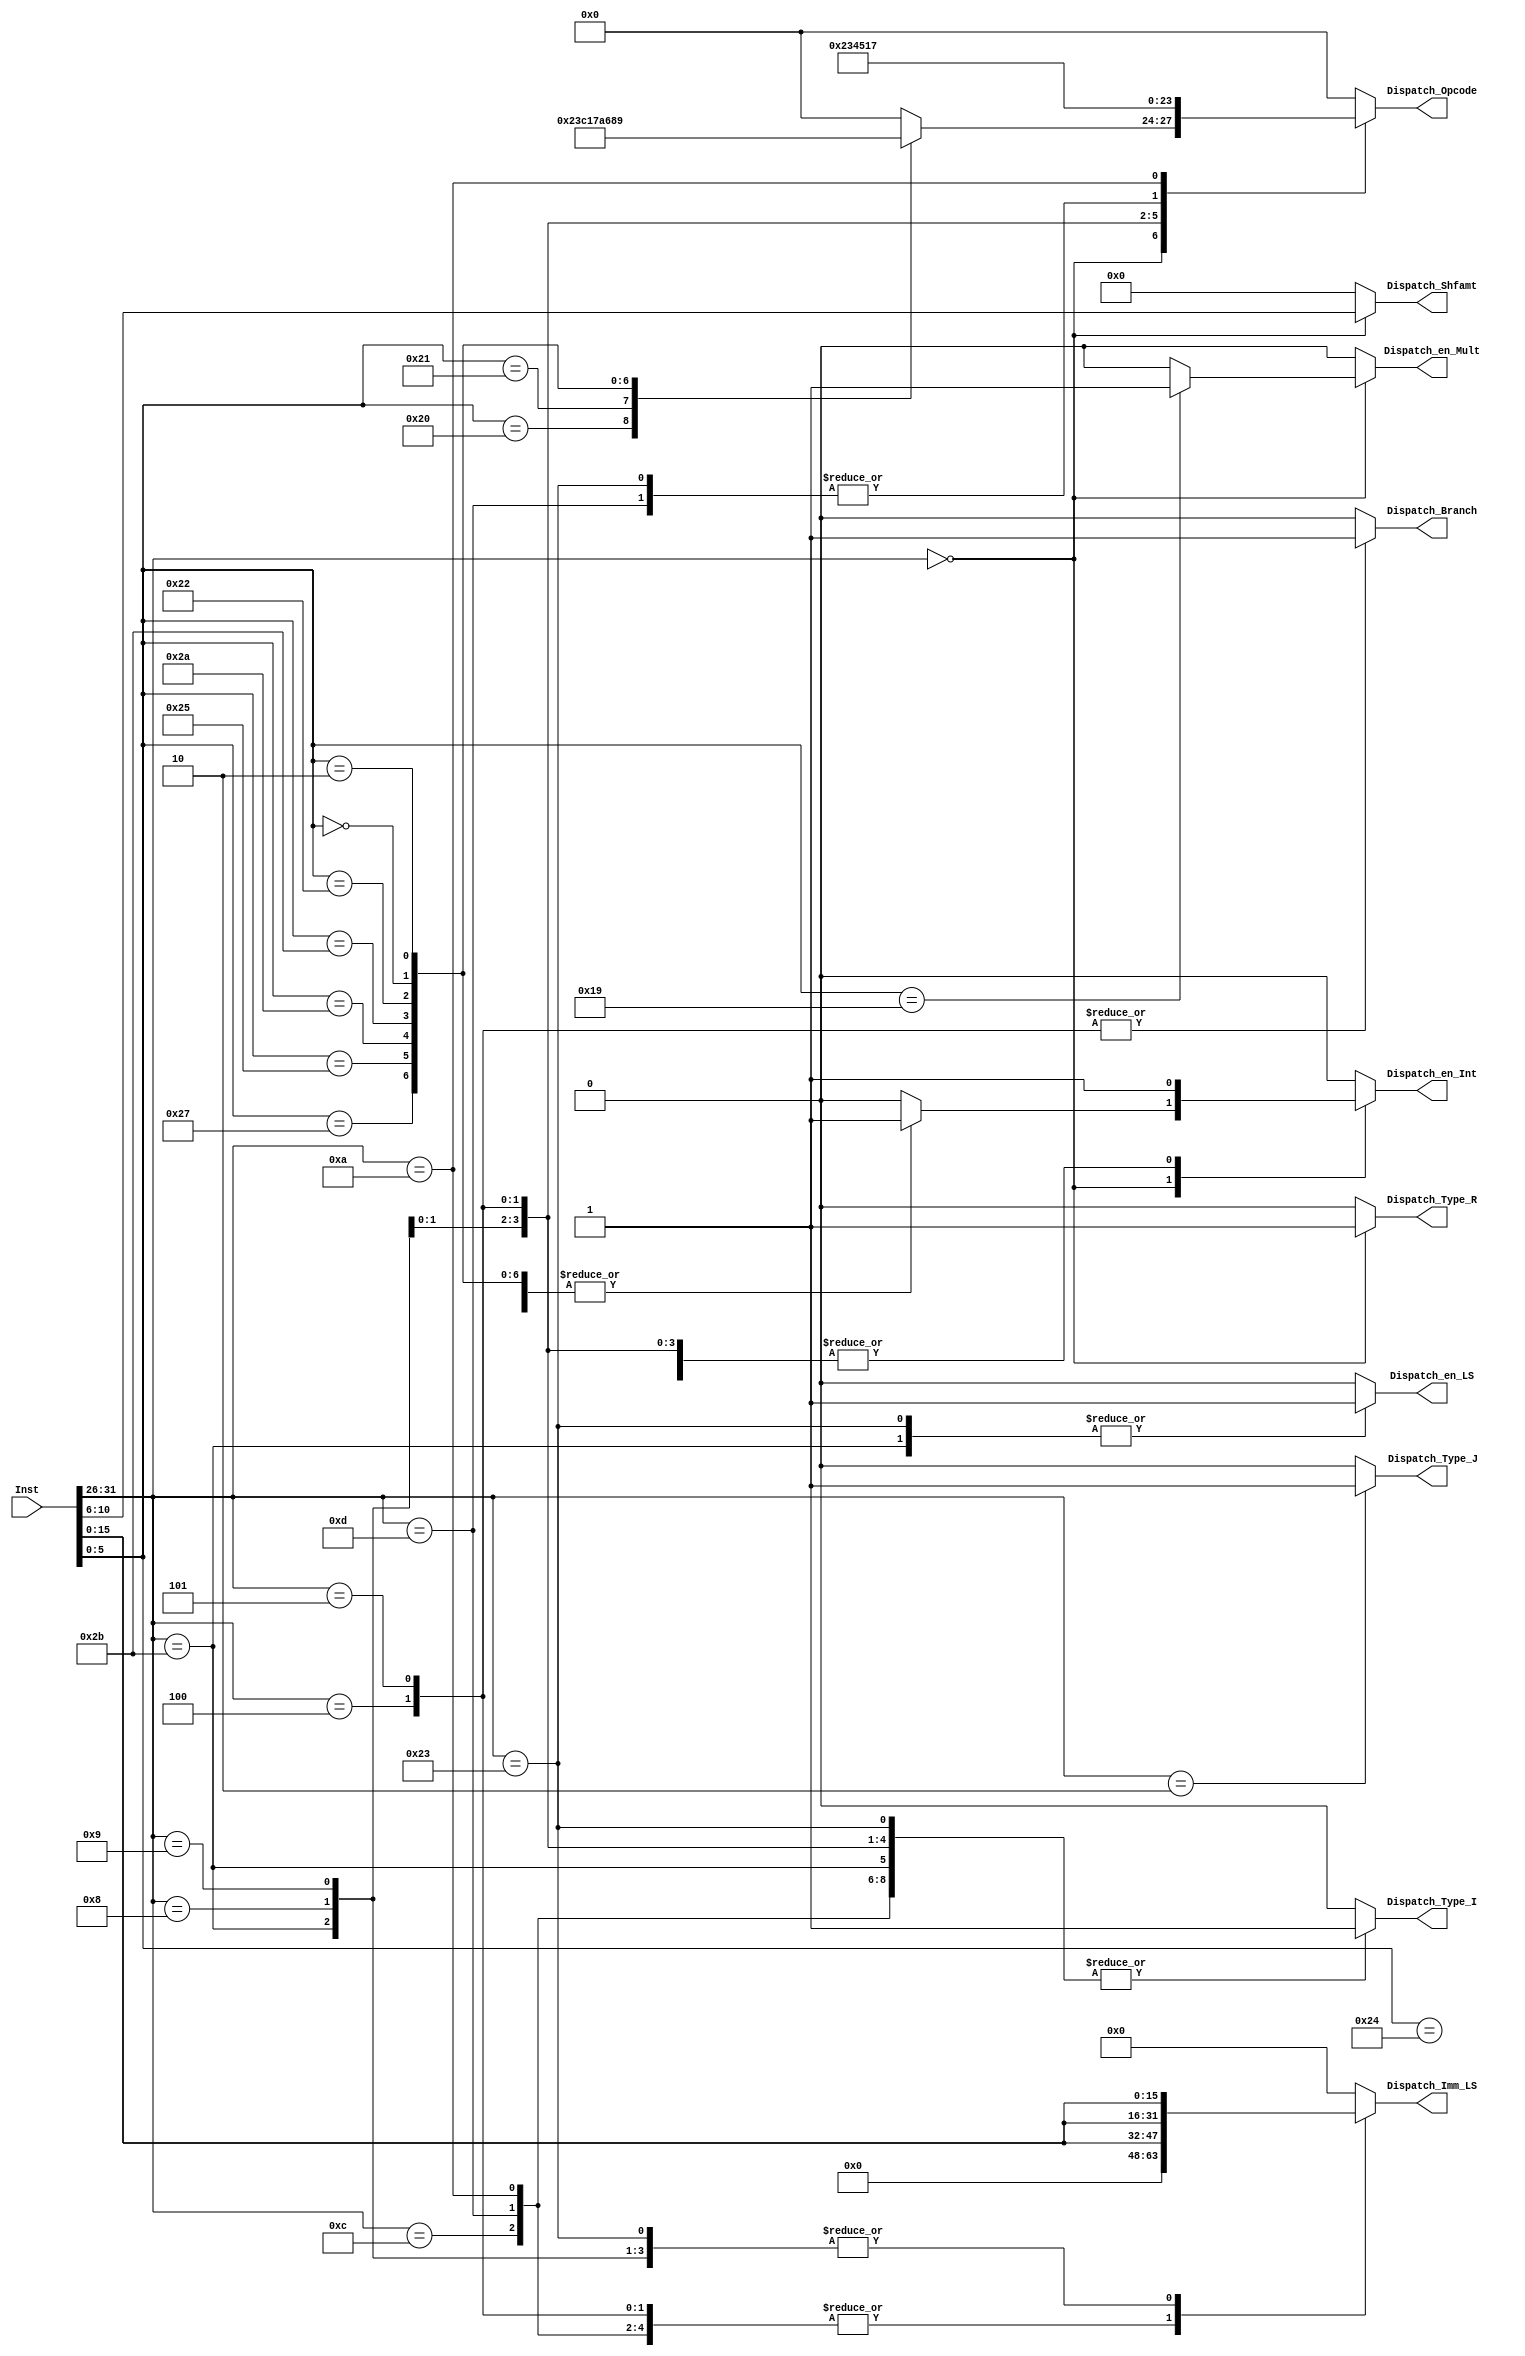
//--------------------------------------------------------------------------------------------------------------------------
// Design Name 	: Dispatch Decoder
// Function    	: Combinational
// Coder  	: 
// Other	:
//		+------+----------------------------------------------------------------------------------------+
//		| Type |	-31-                                 format (bits)                    -0-	|
//		+------+----------------------------------------------------------------------------------------+
//		| R    |	opcode (6)	rs (5)	rt (5)	rd (5)		shamt (5)	funct (6)	|
//		| I    |	opcode (6)	rs (5)	rd (5)	immediate (16)					|
//		| J    |	opcode (6)	address (26)							|
//		+------+----------------------------------------------------------------------------------------+
//		|      |	[31:26]		[25:21] [20:16] [15:11] [10:6] [5:0]
//		+------+----------------------------------------------------------------------------------------+
//
//		Set de instrucciones:
//		Add, And, Jmp, Ori, Stw, Mult, Addi, Andi, Ldw, Slt, sub, Addiu, Beq, Nor, Slti, Sll, Addu, Bnq, Or, Sltu, Srl
//
//		Mas informacion:
//		http://www.d.umn.edu/~gshute/spimsal/talref.html#rtype
//		http://www.mrc.uidaho.edu/mrc/people/jff/digital/MIPSir.html
//--------------------------------------------------------------------------------------------------------------------------

module Dispatch_Decoder (
	input  		[31:0] 	Inst,
	output reg 	[ 3:0]	Dispatch_Opcode,	//: 3?bit opcode para la ALU. : 1 ? bit opcode para distinguir entre LD y ST.
	output reg	[ 4:0]	Dispatch_Shfamt,	//:: 5-bits en caso de una instruccin del tipo shift  Necesario?
	output reg 	[31:0]	Dispatch_Imm_LS,	//: 32  bit del campo inmediato para calcular la direccin de memoria, 32 por las extensiones
	output reg 		Dispatch_en_Int,	//: unidad de despacho intenta escribir una instruccin en la cola de ejecucin de enteros.
	output reg 		Dispatch_en_LS,	//: DU intenta escribir una instruccin en la cola LD/ST.
	output reg 		Dispatch_en_Mult,
	output reg         	Dispatch_Type_R,
	output reg         	Dispatch_Type_I,
	output reg         	Dispatch_Type_J,
	output reg         	Dispatch_Branch
		);


   parameter R_TYPE  = 6'b000000;
   parameter R_ADD   = 6'h20;
   parameter R_ADDU  = 6'h21;
   parameter R_AND   = 6'h24;
   parameter R_NOR   = 6'h27;
   parameter R_OR    = 6'h25;
   parameter R_SLT   = 6'h2A;
   parameter R_SLTU  = 6'h2B;
   parameter R_SUB   = 6'h22;
   parameter R_SLL   = 6'h00;
   parameter R_SRL   = 6'h02;
   parameter R_MULT  = 6'h19;
   parameter I_ADDI  = 6'h08;
   parameter I_ADDIU = 6'h09;
   parameter I_ANDI  = 6'h0C;
   parameter I_BEQ   = 6'h04;
   parameter I_BNQ   = 6'h05;
   parameter I_LDW   = 6'h23;
   parameter I_ORI   = 6'h0D;
   parameter I_SLTI  = 6'h0A;
   parameter I_STW   = 6'h2B;
   parameter J_JUMP  = 6'h02;
   
   parameter OP_AND  = 4'b0000;  //0
   parameter OP_OR   = 4'b0001;  //1
   parameter OP_ADD  = 4'b0010;  //2
   parameter OP_ADDU = 4'b0011;  //3
   parameter OP_SUB  = 4'b0110;  //6
   parameter OP_SLT  = 4'b0111;  //7
   parameter OP_SLTU = 4'b1010;  //A
   parameter OP_NOR  = 4'b1100;  //C
   parameter OP_SLL  = 4'b1000;  //8
   parameter OP_SRL  = 4'b1001;  //9    
   parameter OP_BEQ  = 4'b0100;  //4
   parameter OP_BNQ  = 4'b0101;  //5
   parameter OP_STW  = 4'b0000;  
   parameter OP_LDW  = 4'b0001; 

   always @(*) begin
	    	       
	       // Default values
	       Dispatch_Opcode      = 4'b0000;
	       Dispatch_Shfamt      = 5'b00000;
	       Dispatch_Imm_LS      = 32'h00000000; 
	       Dispatch_en_Int    	 = 1'b0;
	       Dispatch_en_Mult	    = 1'b0;
	       Dispatch_en_LS   	   = 1'b0;
	       Dispatch_Type_R      = 1'b0;
	       Dispatch_Type_I      = 1'b0;
	       Dispatch_Type_J      = 1'b0;
	       Dispatch_Branch      = 1'b0;
	           
	       case (Inst[31:26])
	          //R-Type Instructions (Opcode 000000) 
 		        R_TYPE : begin 
			         
			         $display("INFO : R-Type Instructions (Opcode 000000)");	
			         // Default values for R_Types
			         Dispatch_Shfamt      = Inst[10:6];
			         Dispatch_Type_R      = 1'b1;
			         		         	         			      
			         case (Inst[5:0])
			            R_ADD : begin 
			               	$display("INFO : Decoding Intruction = ADD");
			               	Dispatch_Opcode      = OP_ADD;                  
	                   		Dispatch_en_Int    	 = 1'b1;
			            end
			            R_ADDU : begin 
			               	$display("INFO : Decoding Intruction = ADDU");
			               	Dispatch_Opcode      = OP_ADDU;                  
	                   		Dispatch_en_Int    	 = 1'b1;
			            end
			            R_AND : begin 
			               	$display("INFO : Decoding Intruction = AND");
			               	Dispatch_Opcode      = OP_AND;                  
	                   		Dispatch_en_Int    	 = 1'b1;
			            end
			            R_NOR : begin 
			               	$display("INFO : Decoding Intruction = NOR");
			               	Dispatch_Opcode      = OP_NOR;                  
	                   		Dispatch_en_Int    	 = 1'b1;
			            end
			            R_OR : begin 
			               	$display("INFO : Decoding Intruction = OR");
			               	Dispatch_Opcode      = OP_OR;                  
	                   		Dispatch_en_Int    	 = 1'b1;
			            end
			            R_SLT : begin 
			               	$display("INFO : Decoding Intruction = SLT");
			               	Dispatch_Opcode      = OP_SLT;                  
	                   		Dispatch_en_Int    	 = 1'b1;
			            end
			            R_SLTU : begin 
			               	$display("INFO : Decoding Intruction = SLTU");
			               	Dispatch_Opcode      = OP_SLTU;                  
	                   		Dispatch_en_Int    	 = 1'b1;
			            end
			            R_SUB : begin 
			               	$display("INFO : Decoding Intruction = SUB");
			               	Dispatch_Opcode      = OP_SUB;                  
	                   		Dispatch_en_Int    	 = 1'b1;
			            end
			            R_SLL : begin 
			               	$display("INFO : Decoding Intruction = SLL at time %0t", $time);
			               	Dispatch_Opcode      = OP_SLL;                  
	                   		Dispatch_en_Int    	 = 1'b1;
			            end
			            R_SRL : begin 
			               	$display("INFO : Decoding Intruction = SRL");
			               	Dispatch_Opcode      = OP_SRL;                  
	                   		Dispatch_en_Int    	 = 1'b1;
			            end
			            R_MULT : begin 
			               	$display("INFO : Decoding Intruction = MULT");
			               	Dispatch_Opcode      = 4'b0000;                  
	                   		Dispatch_en_Mult    	= 1'b1;
			            end	            
			            default : begin
			               	$display("ERROR : Decoding Intruction type R = %d",Inst[5:0]);
			            end
			            
			         endcase
			         
			      end // End Instruction type R
			      
			      //I-Type Instructions 
			      I_ADDI : begin 
			         $display("INFO : Decoding Intruction = ADDI");
			         Dispatch_Opcode      = OP_ADD;
			         Dispatch_Imm_LS      = {{16{Inst[15:0]}},Inst[15:0]};                  
	             Dispatch_en_Int    	 = 1'b1;
	             Dispatch_Type_I      = 1'b1;
			      end
			      I_ADDIU : begin 
			         $display("INFO : Decoding Intruction = ADDIU");
			         Dispatch_Opcode      = OP_ADDU;
			         Dispatch_Imm_LS      = {{16{Inst[15:0]}},Inst[15:0]};                  
	             Dispatch_en_Int    	 = 1'b1;
	             Dispatch_Type_I      = 1'b1;
			      end
			      I_ANDI : begin 
			         $display("INFO : Decoding Intruction = ANDI");
			         Dispatch_Opcode      = OP_AND;
			         Dispatch_Imm_LS      = {{16{1'b0}},Inst[15:0]};                  
	             Dispatch_en_Int    	 = 1'b1;
	             Dispatch_Type_I      = 1'b1;
			      end
			      I_BEQ : begin 
			         $display("INFO : Decoding Intruction = BEQ");
			         Dispatch_Opcode      = OP_BEQ;
			         Dispatch_Imm_LS      = {{16{1'b0}},Inst[15:0]};                  
	             Dispatch_en_Int    	 = 1'b1;
	             Dispatch_Type_I      = 1'b1;
	             Dispatch_Branch      = 1'b1;
			      end
			      I_BNQ : begin 
			         $display("INFO : Decoding Intruction = BNQ");
			         Dispatch_Opcode      = OP_BNQ;
			         Dispatch_Imm_LS      = {{16{1'b0}},Inst[15:0]};                  
	             Dispatch_en_Int    	 = 1'b1;
	             Dispatch_Type_I      = 1'b1;
	             Dispatch_Branch      = 1'b1;
			      end
			      I_LDW : begin 
			         $display("INFO : Decoding Intruction = LDW");
			         Dispatch_Opcode      = OP_LDW;
			         Dispatch_Imm_LS      = {{16{Inst[15:0]}},Inst[15:0]};                 
	             Dispatch_en_LS     	 = 1'b1;
	             Dispatch_Type_I      = 1'b1;
			      end
			      I_ORI : begin 
			         $display("INFO : Decoding Intruction = ORI");
			         Dispatch_Opcode      = OP_OR;
			         Dispatch_Imm_LS      = {{16{1'b0}},Inst[15:0]};                  
	             Dispatch_en_Int    	 = 1'b1;
	             Dispatch_Type_I      = 1'b1;
			      end
			      I_SLTI : begin 
			         $display("INFO : Decoding Intruction = SLTI");
			         Dispatch_Opcode      = OP_SLT;
			         Dispatch_Imm_LS      = {{16{1'b0}},Inst[15:0]};                  
	             Dispatch_en_Int    	 = 1'b1;
	             Dispatch_Type_I      = 1'b1;
			      end
			      I_STW : begin 
			         $display("INFO : Decoding Intruction = STW");
			         Dispatch_Opcode      = OP_STW;
			         Dispatch_Imm_LS      = {{16{Inst[15:0]}},Inst[15:0]};                  
	             Dispatch_en_LS     	 = 1'b1;
	             Dispatch_Type_I      = 1'b1;
			      end
			      // End Instruction type I
			      
			      //J-Type Instructions
			      J_JUMP : begin 
			         $display("INFO : Decoding Intruction = JUMP");                  
	             Dispatch_Type_J      = 1'b1;
			      end
			      
			      default : begin
			         $display("ERROR : Decoding Instruction type I or J");
			      end
			      	
			   endcase
		  
   end //end always

endmodule